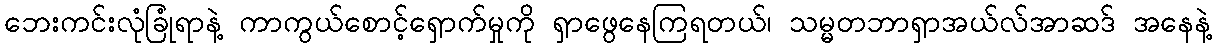
ဘေးကင်းလုံခြုံရာနဲ့ ကာကွယ်စောင့်ရှောက်မှုကို ရှာဖွေနေကြရတယ်၊ သမ္မတဘာရှာအယ်လ်အာဆဒ် အနေနဲ့